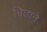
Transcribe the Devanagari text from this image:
बिताने